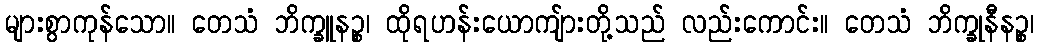
များစွာကုန်သော။ တေသံ ဘိက္ခူနဉ္စ၊ ထိုရဟန်းယောကျ်ားတို့သည် လည်းကောင်း။ တေသံ ဘိက္ခုနီနဉ္စ၊